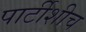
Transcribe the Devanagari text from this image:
पार्टीशीच